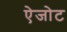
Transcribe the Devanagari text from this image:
ऐजोट